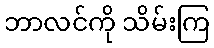
ဘာလင်ကို သိမ်းကြ